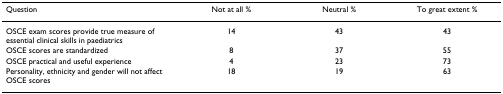
<table><thead><tr><td><b>Question</b></td><td><b>Not at all %</b></td><td><b>Neutral %</b></td><td><b>To great extent %</b></td></tr></thead><tbody><tr><td>OSCE exam scores provide true measure of essential clinical skills in paediatrics</td><td>14</td><td>43</td><td>43</td></tr><tr><td>OSCE scores are standardized</td><td>8</td><td>37</td><td>55</td></tr><tr><td>OSCE practical and useful experience</td><td>4</td><td>23</td><td>73</td></tr><tr><td>Personality, ethnicity and gender will not affect OSCE scores</td><td>18</td><td>19</td><td>63</td></tr></tbody></table>